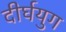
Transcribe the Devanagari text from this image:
दीर्घयुग